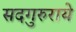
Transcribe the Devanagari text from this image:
सदगुरुराये